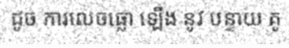
ដូច ការលេចធ្លោ ឡើង នូវ បន្ទាយ គូ